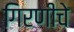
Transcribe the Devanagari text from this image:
गिरणीचे